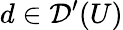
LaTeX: d\in{\mathcal{D}}^{\prime}(U)